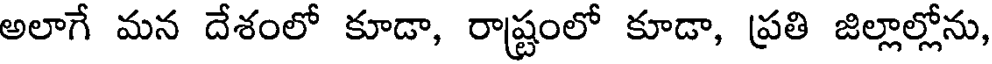
అలాగే మన దేశంలో కూడా, రాష్ట్రంలో కూడా, ప్రతి జిల్లాల్లోను,